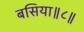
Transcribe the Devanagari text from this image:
बसिया॥८॥